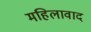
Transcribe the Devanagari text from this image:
महिलावाद